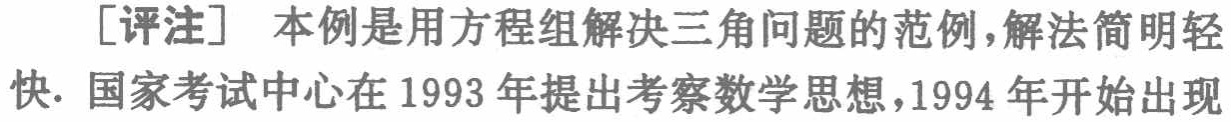
[评注] 本例是用方程组解决三角问题的范例，解法简明轻快. 国家考试中心在 1993 年提出考察数学思想，1994 年开始出现